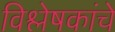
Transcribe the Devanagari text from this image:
विश्लेषकांचे